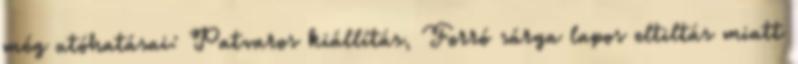
még utóhatásai: Patvaros kiállítás, Forró sárga lapos eltiltás miatt